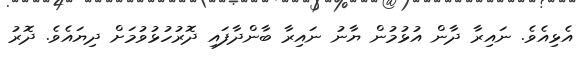
އެޅިއެވެ. ނައިރާ ދާން އުޅުމުން ޔާނު ނައިރާ ބާންދާފައި ދޮރުހުޅުވުމަށް ދިޔައެވެ. ދޮރު